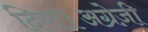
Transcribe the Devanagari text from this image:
दिया।अग्रेज़ी